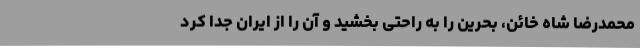
محمدرضا شاه خائن، بحرین را به راحتی بخشید و آن را از ایران جدا کرد